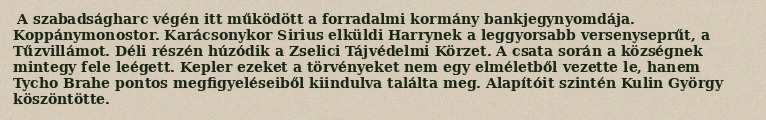
A szabadságharc végén itt működött a forradalmi kormány bankjegynyomdája. Koppánymonostor. Karácsonykor Sirius elküldi Harrynek a leggyorsabb versenyseprűt, a Tűzvillámot. Déli részén húzódik a Zselici Tájvédelmi Körzet. A csata során a községnek mintegy fele leégett. Kepler ezeket a törvényeket nem egy elméletből vezette le, hanem Tycho Brahe pontos megfigyeléseiből kiindulva találta meg. Alapítóit szintén Kulin György köszöntötte.